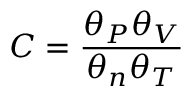
C = \frac { \theta _ { P } \theta _ { V } } { \theta _ { n } \theta _ { T } }